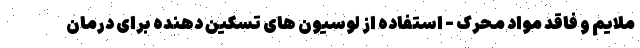
ملایم و فاقد مواد محرک - استفاده از لوسیون های تسکین دهنده برای درمان